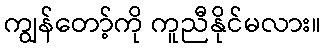
ကျွန်တော့်ကို ကူညီနိုင်မလား။